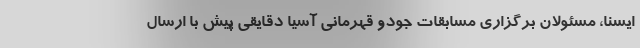
ایسنا، مسئولان برگزاری مسابقات جودو قهرمانی آسیا دقایقی پیش با ارسال